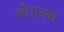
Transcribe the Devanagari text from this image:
बीएक्स